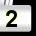
Digit: 2